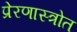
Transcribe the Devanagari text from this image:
प्रेरणास्‍त्रोत